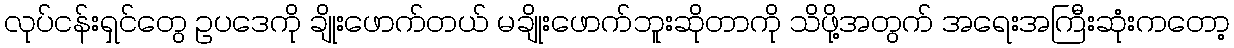
လုပ်ငန်းရှင်တွေ ဥပဒေကို ချိုးဖောက်တယ် မချိုးဖောက်ဘူးဆိုတာကို သိဖို့အတွက် အရေးအကြီးဆုံးကတော့